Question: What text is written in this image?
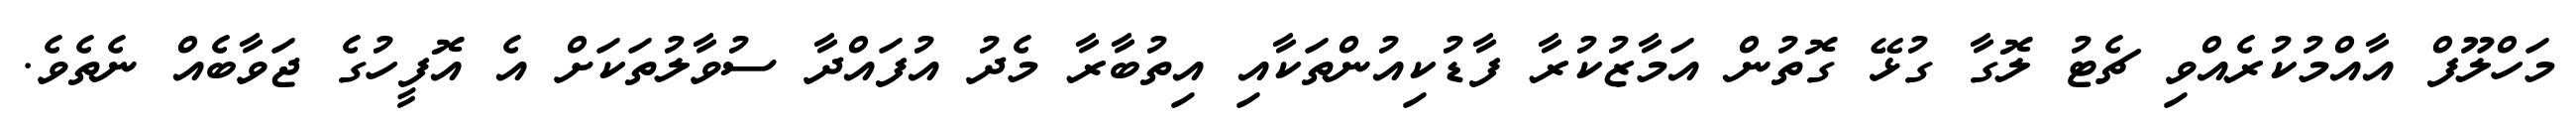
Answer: މަހްލޫފް އާއްމުކުރެއްވި ޗެޓު ލޮގާ ގުޅޭ ގޮތުން އަމާޒުކުރާ ފާޑުކިއުންތަކާއި އިތުބާރާ މެދު އުފައްދާ ސުވާލުތަކަށް އެ އޮފީހުގެ ޖަވާބެއް ނެތެވެ.